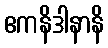
ဧကနိဒါနာနိ